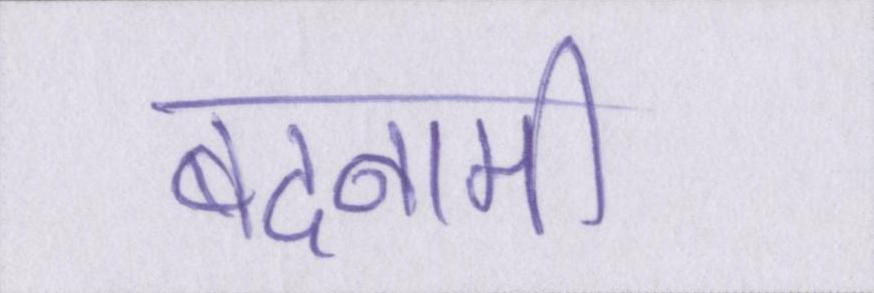
बदनामी